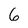
Character: 6